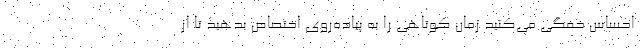
احساس خفگی می‌کنید زمان کوتاهی را به پیاده‌روی اختصاص بدهید تا از